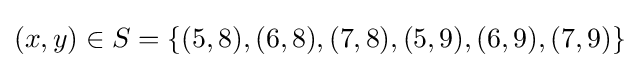
(x,y)\in S=\left\{(5,8),(6,8),(7,8),(5,9),(6,9),(7,9)\right\}